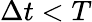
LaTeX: \Delta t<T